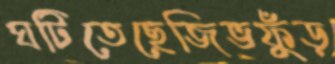
ঘটিতেছেজিভফুঁড়